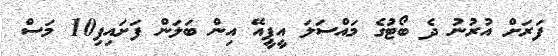
ފަރަށް އުރުނު ދެ ބޯޓުގެ މައްސަލަ އީޕީއޭ އިން ބަލަން ފަށައިފި10 މަސް